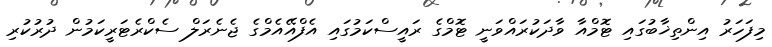
މިފަހަރު އިންތިޚާބުގައި ޓޮމްއާ ވާދަކުރައްވަނީ ޓޮމްގެ ރައީސްކަމުގައި އެފްއޭއެމްގެ ޖެނެރަލް ސެކްރެޓަރީކަމުން ދުރުކުރި